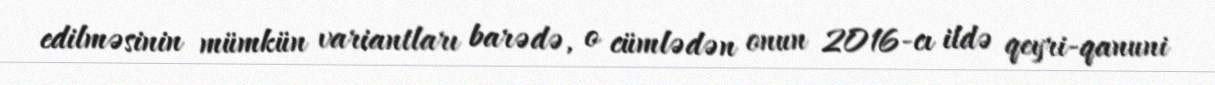
edilməsinin mümkün variantları barədə, o cümlədən onun 2016-cı ildə qeyri-qanuni